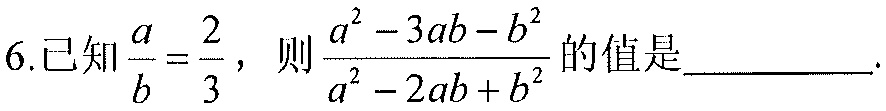
6.已知\(\frac{a}{b}=\frac{2}{3}\)，则\(\frac{a^{2}-3ab - b^{2}}{a^{2}-2ab + b^{2}}\)的值是  ．